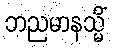
ဘညမာနသ္မိံ